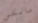
مالكي